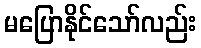
မပြောနိုင်သော်လည်း